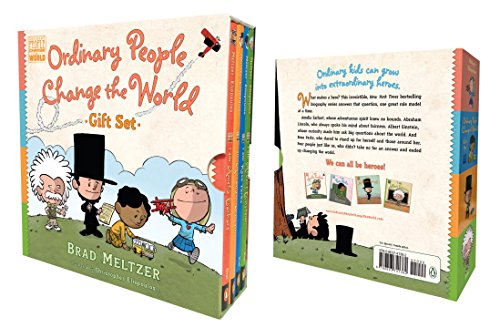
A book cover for Ordinary People Change the World Gift Set (Ordinary People Change World); Brad Meltzer; Children's Books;